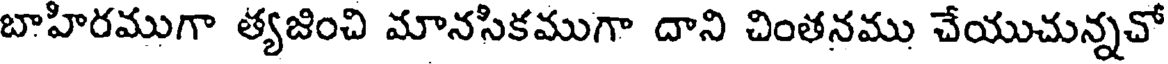
బాహిరముగా త్యజించి మానసికముగా దాని చింతనము చేయుచున్నచో